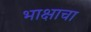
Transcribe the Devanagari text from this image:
भाक्षाचा